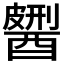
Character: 𨢹